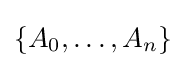
\{A_{0},\ldots ,A_{n}\}